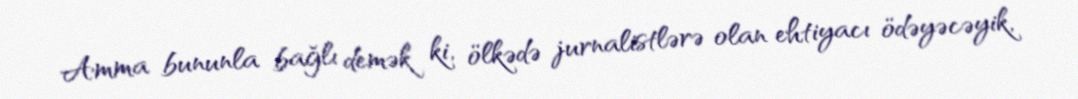
Amma bununla bağlı demək ki, ölkədə jurnalistlərə olan ehtiyacı ödəyəcəyik,